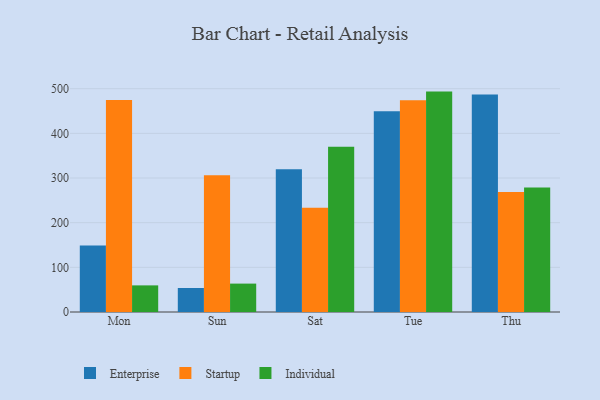
{"axis": {"x": "Day", "y": "LTV (USD)"}, "legend": ["Enterprise", "Individual", "Startup"], "data": [{"x": "Mon", "y": 148.9, "type": "Enterprise"}, {"x": "Mon", "y": 474.9, "type": "Startup"}, {"x": "Mon", "y": 59.6, "type": "Individual"}, {"x": "Sun", "y": 53.8, "type": "Enterprise"}, {"x": "Sun", "y": 306.0, "type": "Startup"}, {"x": "Sun", "y": 63.6, "type": "Individual"}, {"x": "Sat", "y": 319.4, "type": "Enterprise"}, {"x": "Sat", "y": 233.6, "type": "Startup"}, {"x": "Sat", "y": 369.8, "type": "Individual"}, {"x": "Tue", "y": 449.5, "type": "Enterprise"}, {"x": "Tue", "y": 473.9, "type": "Startup"}, {"x": "Tue", "y": 493.5, "type": "Individual"}, {"x": "Thu", "y": 487.0, "type": "Enterprise"}, {"x": "Thu", "y": 268.8, "type": "Startup"}, {"x": "Thu", "y": 278.8, "type": "Individual"}]}